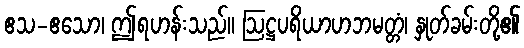
ဧသ-ဧသော၊ ဤရဟန်းသည်။ ဩဋ္ဌပရိယာဟဘမတ္တံ၊ နှုတ်ခမ်းတို့၏